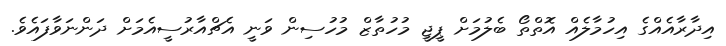
އިދާރާއެއްގެ އިހުމާލެއް އޮތްތޯ ބެލުމަށް ޕީޖީ މުހުތާޒް މުހުސިން ވަނީ އެޗްއާރުސީއެމަށް ދަންނަވާފައެވެ.